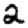
Digit: 2